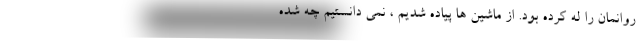
روانمان را له کرده بود. از ماشین ها پیاده شدیم ، نمی دانستیم چه شده